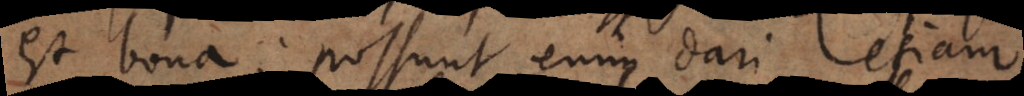
est bona; possunt enim dari etiam